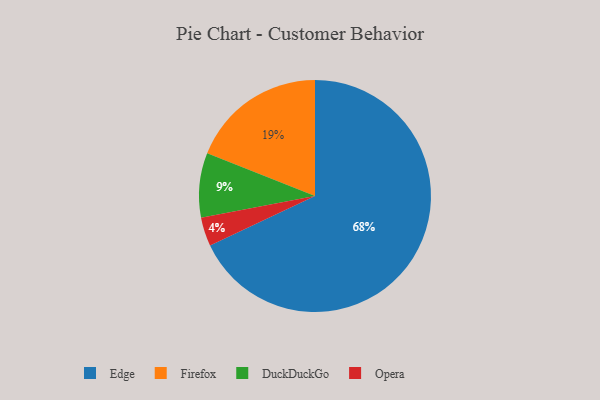
{"axis": {"x": "Category", "y": "Percentage"}, "legend": ["DuckDuckGo", "Edge", "Firefox", "Opera"], "data": [{"x": "Edge", "y": 68, "type": "Edge"}, {"x": "Opera", "y": 4, "type": "Opera"}, {"x": "DuckDuckGo", "y": 9, "type": "DuckDuckGo"}, {"x": "Firefox", "y": 19, "type": "Firefox"}]}